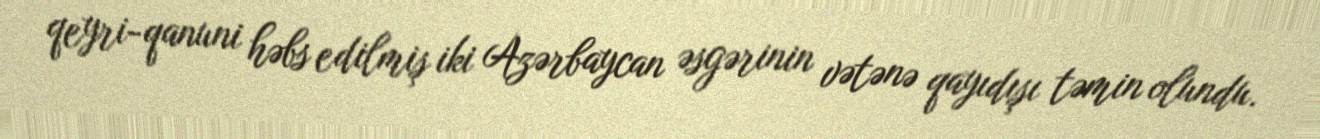
qeyri-qanuni həbs edilmiş iki Azərbaycan əsgərinin vətənə qayıdışı təmin olundu.